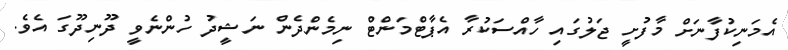
އެމަނިކުފާނަށް މާފުށީ ޖަލުގައި ހާއްސަކުރާ އެޕާޓްމަންޓް ނިމެންދެން ނަޝީދު ހުންނެވީ ދޫނިދޫގަ އެވެ.